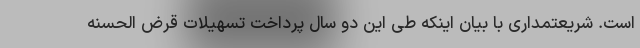
است. شریعتمداری با بیان اینکه طی این دو سال پرداخت تسهیلات قرض الحسنه